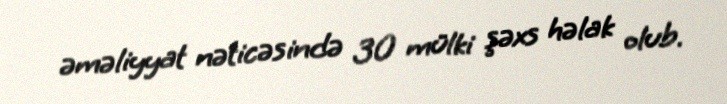
əməliyyat nəticəsində 30 mülki şəxs həlak olub.